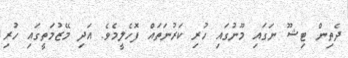
ދެތިން ޓިޝޫ ނަގައި މޫނުގައި ހުރި ކަރުނަތައް ފޮހެލީމެވެ. އަދި މޭޒުމަތީގައި ހުރި